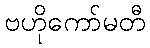
ဗဟိုကော်မတီ